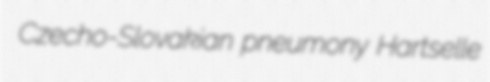
Czecho-Slovakian pneumony Hartselle